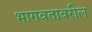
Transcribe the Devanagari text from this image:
भागवतावरील